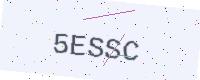
Text: 5ESSC